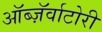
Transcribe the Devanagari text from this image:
ऑब्ज़ॅर्वाटोरी